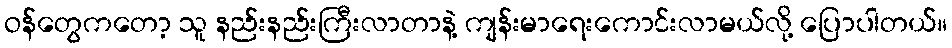
ဝန်တွေကတော့ သူ နည်းနည်းကြီးလာတာနဲ့ ကျန်းမာရေးကောင်းလာမယ်လို့ ပြောပါတယ်။